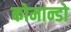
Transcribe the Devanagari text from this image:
कोमान्डो